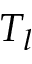
T _ { l }